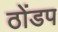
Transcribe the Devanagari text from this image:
ठोंडप